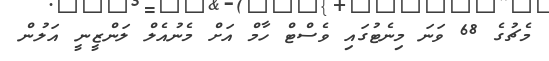
މެޗުގެ 68 ވަނަ މިނެޓުގައި ވެސްޓް ހާމް އަށް މެނުއެލް ލަންޒީނީ އަލުން